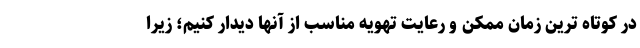
در کوتاه ترین زمان ممکن و رعایت تهویه مناسب از آنها دیدار کنیم؛ زیرا